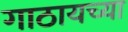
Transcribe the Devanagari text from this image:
गाठायच्या